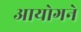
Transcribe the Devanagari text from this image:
आयोगने